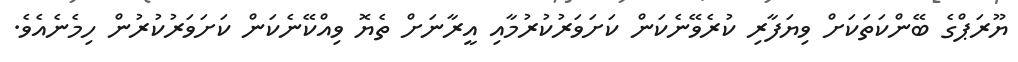
ޔޫރަޕްގެ ބޭންކަތަކަށް ވިޔަފާރި ކުރެވޭނެކަން ކަށަވަރުކުރުމާއި އީރާނަށް ތެޔޮ ވިއްކޭނެކަން ކަށަވަރުކުރުން ހިމެނެއެވެ.